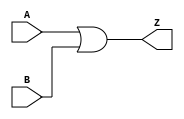
module or2(output Z, input A, B);
	wire i;
	not(Z, i);
	nor(i, A, B);
endmodule